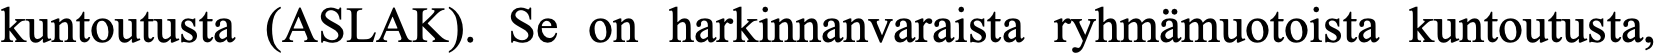
kuntoutusta (ASLAK). Se on harkinnanvaraista ryhmämuotoista kuntoutusta,